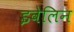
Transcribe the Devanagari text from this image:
इवेलिन